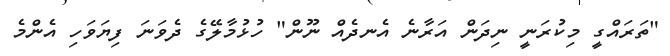
"ތަރައްގީ މިކުރަނީ ނިދަން އަރާނެ އެނދެއް ނޫން" ހުޅުމާލޭގެ ދެވަނަ ފިޔަވަހި އެންމެ